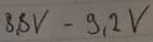
Text: 8,8V-9,2V